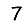
Digit: 7